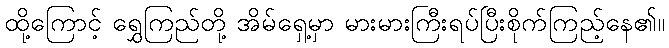
ထို့ကြောင့် ရွှေကြည်တို့ အိမ်ရှေ့မှာ မားမားကြီးရပ်ပြီးစိုက်ကြည့်နေ၏။